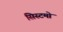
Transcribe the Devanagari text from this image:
सिस्टमो